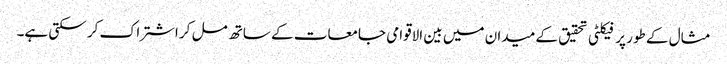
مثال کے طور پر فیکلٹی تحقیق کے میدان میں بین الاقوامی جامعات کے ساتھ مل کر اشتراک کر سکتی ہے۔